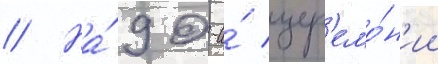
// На́ 90-и́ цер'емо́н'ии